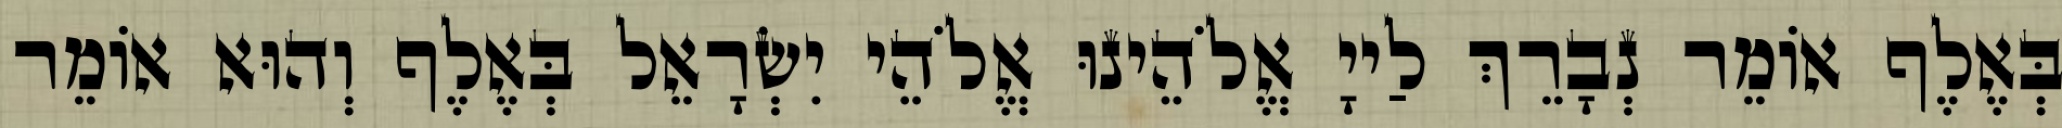
בְּאֶלֶף אוֹמֵר נְבָרֵךְ לַייָ אֱלֹהֵינוּ אֱלֹהֵי יִשְׂרָאֵל בְּאֶלֶף וְהוּא אוֹמֵר